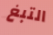
التبغ